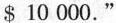
$10 000."